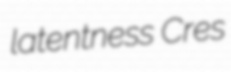
latentness Cres